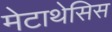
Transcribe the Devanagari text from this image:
मेटाथेसिस